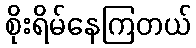
စိုးရိမ်နေကြတယ်